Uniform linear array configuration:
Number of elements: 24
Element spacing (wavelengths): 0.75
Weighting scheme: exponential
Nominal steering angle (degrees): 0
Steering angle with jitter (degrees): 1.25
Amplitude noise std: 0.05
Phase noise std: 0.05

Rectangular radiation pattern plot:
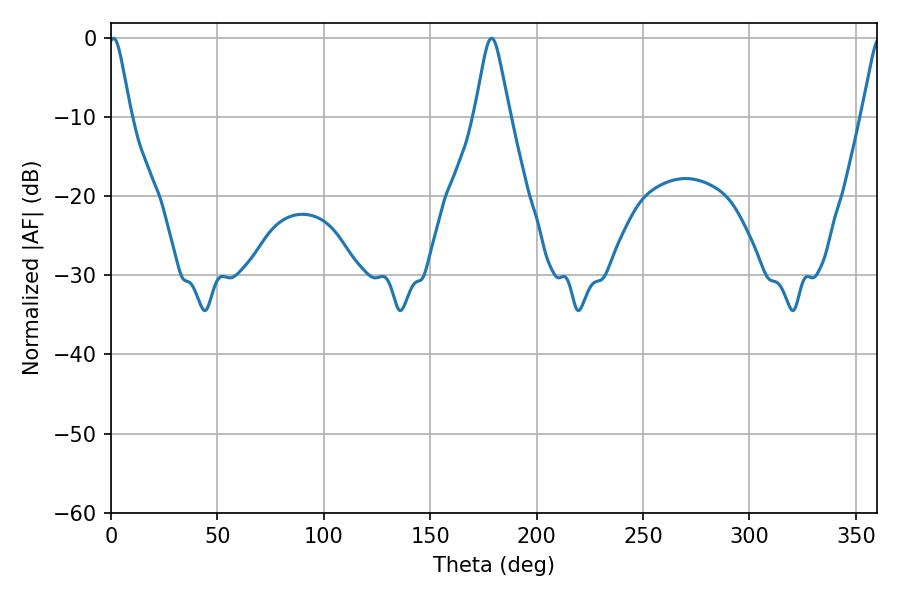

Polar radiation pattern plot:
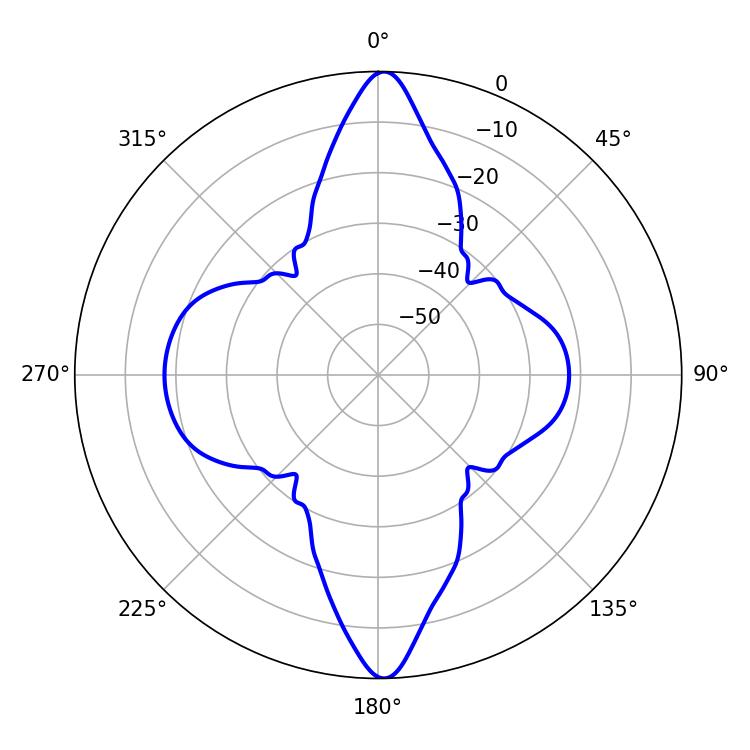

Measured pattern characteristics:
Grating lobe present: TRUE
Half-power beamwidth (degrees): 7.74
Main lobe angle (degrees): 178.92